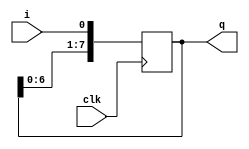
module sr(output wire [7:0]q,input clk,i);
reg [7:0]temp;

always @(posedge clk)
begin
    temp = {temp[6:0],i};
end

//output logic
assign q=temp;
endmodule